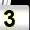
Digit: 3